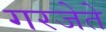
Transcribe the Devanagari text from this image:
गरजेते